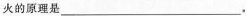
火的原理是___.